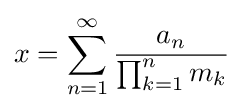
x=\sum _{n=1}^{\infty }{\frac {a_{n}}{\prod _{k=1}^{n}m_{k}}}